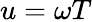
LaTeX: u=\omega T